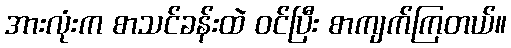
အားလုံးက စာသင်ခန်းထဲ ဝင်ပြီး စာကျက်ကြတယ်။